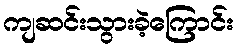
ကျဆင်းသွားခဲ့ကြောင်း